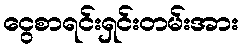
ငွေစာရင်းရှင်းတမ်းအား